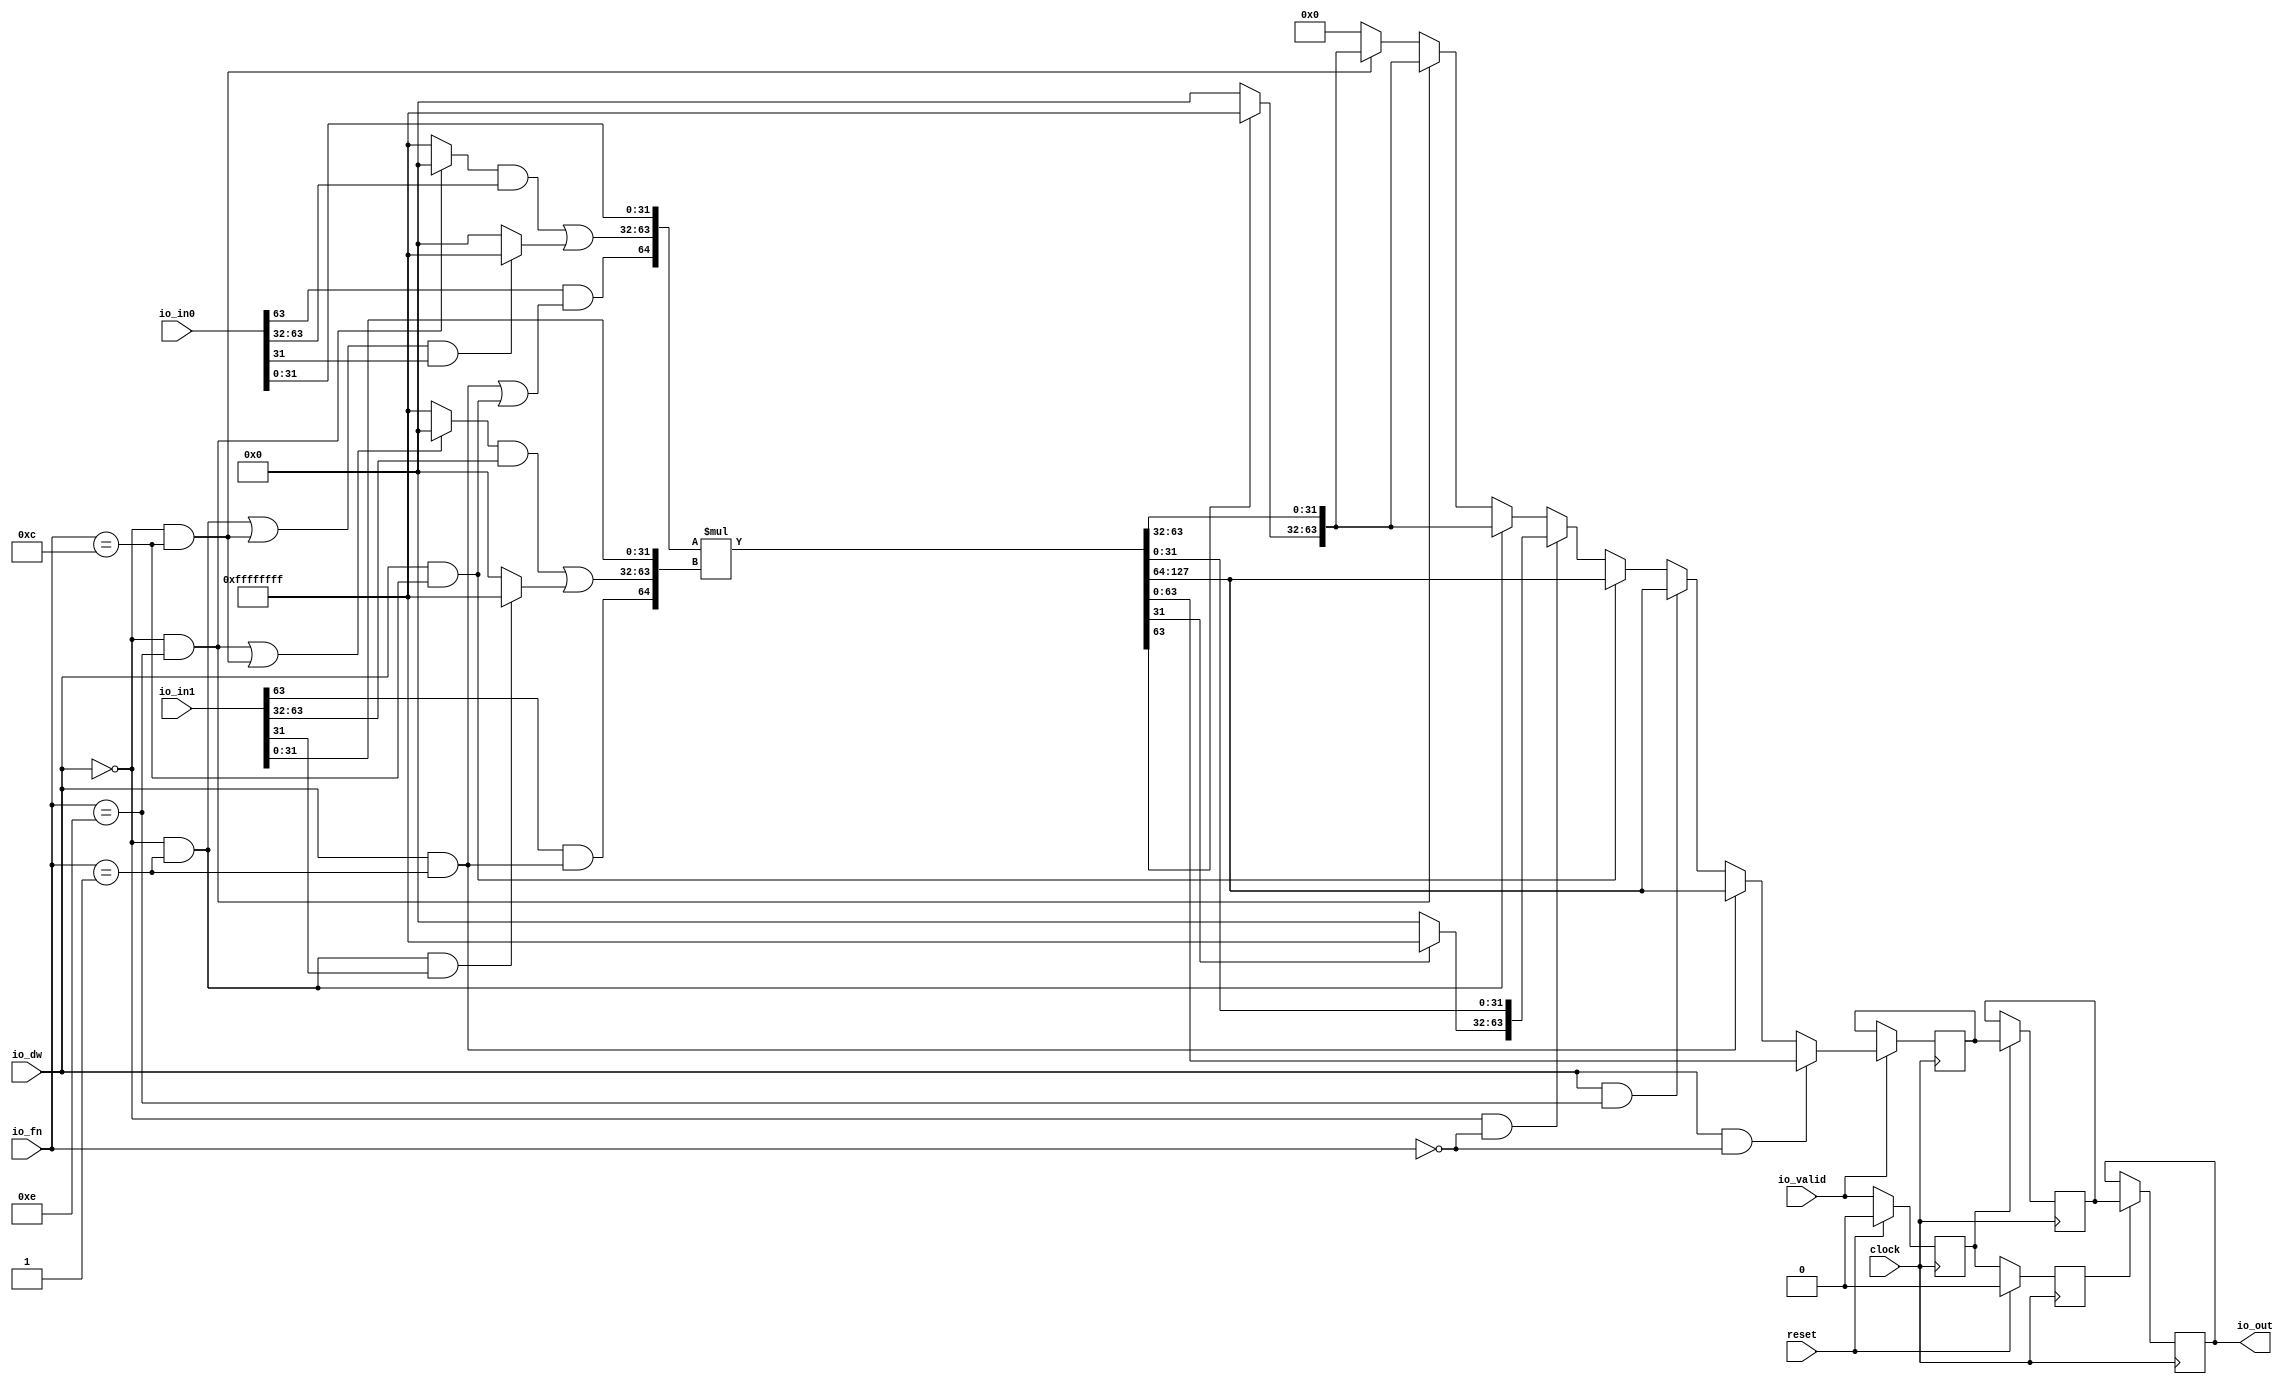
module IMul(
  input   clock,
  input   reset,
  input   io_valid,
  input  [3:0] io_fn,
  input   io_dw,
  input  [63:0] io_in0,
  input  [63:0] io_in1,
  output [63:0] io_out
);
  wire  _T_16;
  wire  _T_17;
  wire  _T_20;
  wire  _T_21;
  wire  sxl64;
  wire  _T_26;
  wire  _T_27;
  wire  zxl32;
  wire  _T_35;
  wire  zxr32;
  wire  _T_39;
  wire  sxl32;
  wire  _T_47;
  wire  _T_48;
  wire  _T_49;
  wire [31:0] _T_53;
  wire [31:0] _T_54;
  wire [31:0] _T_55;
  wire  _T_56;
  wire  _T_57;
  wire [31:0] _T_61;
  wire [31:0] _T_62;
  wire [31:0] _T_63;
  wire [32:0] _T_64;
  wire [64:0] lhs;
  wire  _T_65;
  wire  _T_66;
  wire  _T_67;
  wire [31:0] _T_71;
  wire [31:0] _T_72;
  wire [31:0] _T_73;
  wire  _T_74;
  wire  _T_75;
  wire [31:0] _T_79;
  wire [31:0] _T_80;
  wire [31:0] _T_81;
  wire [32:0] _T_82;
  wire [64:0] rhs;
  wire [64:0] _T_83;
  wire [64:0] _T_84;
  wire [129:0] mul_result;
  wire  _T_88;
  wire  _T_89;
  wire [63:0] _T_90;
  wire [63:0] _T_95;
  wire  _T_99;
  wire  _T_109;
  wire  _T_110;
  wire [31:0] _T_114;
  wire [31:0] _T_115;
  wire [63:0] _T_116;
  wire  _T_121;
  wire [31:0] _T_125;
  wire [31:0] _T_126;
  wire [63:0] _T_127;
  wire [63:0] _T_150;
  wire [63:0] _T_151;
  wire [63:0] _T_152;
  wire [63:0] _T_153;
  wire [63:0] _T_154;
  wire [63:0] _T_155;
  wire [63:0] _T_156;
  wire [63:0] mul_output_mux;
  reg  _T_159;
  reg [31:0] _GEN_3;
  reg [63:0] _T_161;
  reg [63:0] _GEN_4;
  wire [63:0] _GEN_0;
  reg  _T_164;
  reg [31:0] _GEN_5;
  reg [63:0] _T_166;
  reg [63:0] _GEN_6;
  wire [63:0] _GEN_1;
  reg  _T_169;
  reg [31:0] _GEN_7;
  reg [63:0] _T_171;
  reg [63:0] _GEN_8;
  wire [63:0] _GEN_2;
  wire  _T_177_valid;
  wire [63:0] _T_177_bits;
  assign io_out = _T_177_bits;
  assign _T_16 = io_fn == 4'h1;
  assign _T_17 = io_dw & _T_16;
  assign _T_20 = io_fn == 4'hc;
  assign _T_21 = io_dw & _T_20;
  assign sxl64 = _T_17 | _T_21;
  assign _T_26 = io_dw == 1'h0;
  assign _T_27 = io_fn == 4'he;
  assign zxl32 = _T_26 & _T_27;
  assign _T_35 = _T_26 & _T_20;
  assign zxr32 = zxl32 | _T_35;
  assign _T_39 = _T_26 & _T_16;
  assign sxl32 = _T_39 | _T_35;
  assign _T_47 = io_in0[63];
  assign _T_48 = _T_47 & sxl64;
  assign _T_49 = ~ zxl32;
  assign _T_53 = _T_49 ? 32'hffffffff : 32'h0;
  assign _T_54 = io_in0[63:32];
  assign _T_55 = _T_53 & _T_54;
  assign _T_56 = io_in0[31];
  assign _T_57 = sxl32 & _T_56;
  assign _T_61 = _T_57 ? 32'hffffffff : 32'h0;
  assign _T_62 = _T_55 | _T_61;
  assign _T_63 = io_in0[31:0];
  assign _T_64 = {_T_48,_T_62};
  assign lhs = {_T_64,_T_63};
  assign _T_65 = io_in1[63];
  assign _T_66 = _T_65 & _T_17;
  assign _T_67 = ~ zxr32;
  assign _T_71 = _T_67 ? 32'hffffffff : 32'h0;
  assign _T_72 = io_in1[63:32];
  assign _T_73 = _T_71 & _T_72;
  assign _T_74 = io_in1[31];
  assign _T_75 = _T_39 & _T_74;
  assign _T_79 = _T_75 ? 32'hffffffff : 32'h0;
  assign _T_80 = _T_73 | _T_79;
  assign _T_81 = io_in1[31:0];
  assign _T_82 = {_T_66,_T_80};
  assign rhs = {_T_82,_T_81};
  assign _T_83 = $signed(lhs);
  assign _T_84 = $signed(rhs);
  assign mul_result = $signed(_T_83) * $signed(_T_84);
  assign _T_88 = io_fn == 4'h0;
  assign _T_89 = io_dw & _T_88;
  assign _T_90 = mul_result[63:0];
  assign _T_95 = mul_result[127:64];
  assign _T_99 = io_dw & _T_27;
  assign _T_109 = _T_26 & _T_88;
  assign _T_110 = mul_result[31];
  assign _T_114 = _T_110 ? 32'hffffffff : 32'h0;
  assign _T_115 = mul_result[31:0];
  assign _T_116 = {_T_114,_T_115};
  assign _T_121 = mul_result[63];
  assign _T_125 = _T_121 ? 32'hffffffff : 32'h0;
  assign _T_126 = mul_result[63:32];
  assign _T_127 = {_T_125,_T_126};
  assign _T_150 = _T_35 ? _T_127 : 64'h0;
  assign _T_151 = zxl32 ? _T_127 : _T_150;
  assign _T_152 = _T_39 ? _T_127 : _T_151;
  assign _T_153 = _T_109 ? _T_116 : _T_152;
  assign _T_154 = _T_21 ? _T_95 : _T_153;
  assign _T_155 = _T_99 ? _T_95 : _T_154;
  assign _T_156 = _T_17 ? _T_95 : _T_155;
  assign mul_output_mux = _T_89 ? _T_90 : _T_156;
  assign _GEN_0 = io_valid ? mul_output_mux : _T_161;
  assign _GEN_1 = _T_159 ? _T_161 : _T_166;
  assign _GEN_2 = _T_164 ? _T_166 : _T_171;
  assign _T_177_valid = _T_169;
  assign _T_177_bits = _T_171;
`ifdef RANDOMIZE
  integer initvar;
  initial begin
    `ifndef verilator
      #0.002 begin end
    `endif
  `ifdef RANDOMIZE_REG_INIT
  _GEN_3 = {1{$random}};
  _T_159 = _GEN_3[0:0];
  `endif
  `ifdef RANDOMIZE_REG_INIT
  _GEN_4 = {2{$random}};
  _T_161 = _GEN_4[63:0];
  `endif
  `ifdef RANDOMIZE_REG_INIT
  _GEN_5 = {1{$random}};
  _T_164 = _GEN_5[0:0];
  `endif
  `ifdef RANDOMIZE_REG_INIT
  _GEN_6 = {2{$random}};
  _T_166 = _GEN_6[63:0];
  `endif
  `ifdef RANDOMIZE_REG_INIT
  _GEN_7 = {1{$random}};
  _T_169 = _GEN_7[0:0];
  `endif
  `ifdef RANDOMIZE_REG_INIT
  _GEN_8 = {2{$random}};
  _T_171 = _GEN_8[63:0];
  `endif
  end
`endif
  always @(posedge clock) begin
    if (reset) begin
      _T_159 <= 1'h0;
    end else begin
      _T_159 <= io_valid;
    end
    if (io_valid) begin
      if (_T_89) begin
        _T_161 <= _T_90;
      end else begin
        if (_T_17) begin
          _T_161 <= _T_95;
        end else begin
          if (_T_99) begin
            _T_161 <= _T_95;
          end else begin
            if (_T_21) begin
              _T_161 <= _T_95;
            end else begin
              if (_T_109) begin
                _T_161 <= _T_116;
              end else begin
                if (_T_39) begin
                  _T_161 <= _T_127;
                end else begin
                  if (zxl32) begin
                    _T_161 <= _T_127;
                  end else begin
                    if (_T_35) begin
                      _T_161 <= _T_127;
                    end else begin
                      _T_161 <= 64'h0;
                    end
                  end
                end
              end
            end
          end
        end
      end
    end
    if (reset) begin
      _T_164 <= 1'h0;
    end else begin
      _T_164 <= _T_159;
    end
    if (_T_159) begin
      _T_166 <= _T_161;
    end
    if (reset) begin
      _T_169 <= 1'h0;
    end else begin
      _T_169 <= _T_164;
    end
    if (_T_164) begin
      _T_171 <= _T_166;
    end
  end
endmodule